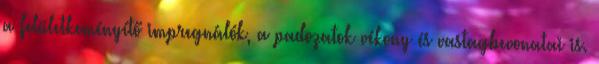
a felületkeményítő impregnálók, a padozatok vékony és vastagbevonatai is.